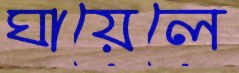
ঘায়েলে